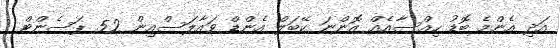
އަދި އެންމެ ބޮޑު ހިއްސާއެއް އޮންނަ ކޭބަލް އެންޑް ވައާލަސްއިން 52 ޕަސެންޓް